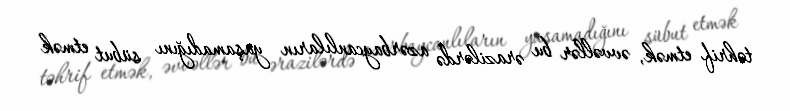
təhrif etmək, əvvəllər bu ərazilərdə azərbaycanlıların yaşamadığını sübut etmək